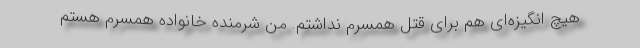
هیچ انگیزه‌ای هم برای قتل همسرم نداشتم. من شرمنده خانواده همسرم هستم